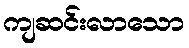
ကျဆင်းလာသော